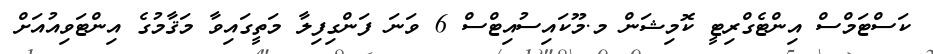
ކަސްޓަމްސް އިންޓެގްރިޓީ ކޮމިޝަން މ.މޫކައިސުއިޓްސް 6 ވަނަ ފަންގިފިލާ މަތީގައިވާ މަޤާމުގެ އިންޓަވިއުއަށް